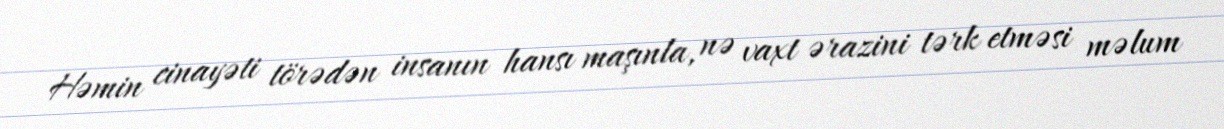
Həmin cinayəti törədən insanın hansı maşınla, nə vaxt ərazini tərk etməsi məlum